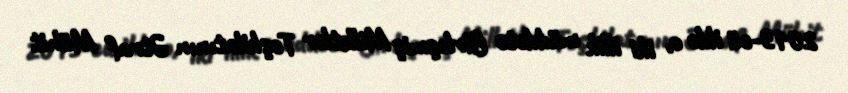
2013-cü ildə o, iki illik müddətə Birləşmiş Millətlər Təşkilatının Ətraf Mühit